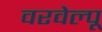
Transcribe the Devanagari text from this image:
वरवेल्पू